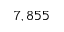
7 , 8 5 5